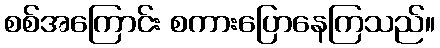
စစ်အကြောင်း စကားပြောနေကြသည်။